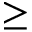
\ge